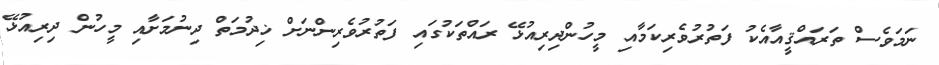
ނަމަވެސް ތަރައްޤީއާއެކު ފަތުރުވެރިކަމާއި މީހުންދިރިއުޅޭ ރައްތަކުގައި ފަތުރުވެރިންނަށް ޚިދުމަތް ދިނުމަށާއި މީހުން ދިރިއުޅޭ